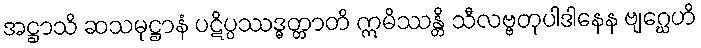
အဋ္ဌာသိ ဆသမုဋ္ဌာနံ ပဋိပ္ပဿဒ္ဓတ္တာတိ ဣမိဿန္တိ သီလဗ္ဗတုပါဒါနေန ဗျဂ္ဃေဟိ